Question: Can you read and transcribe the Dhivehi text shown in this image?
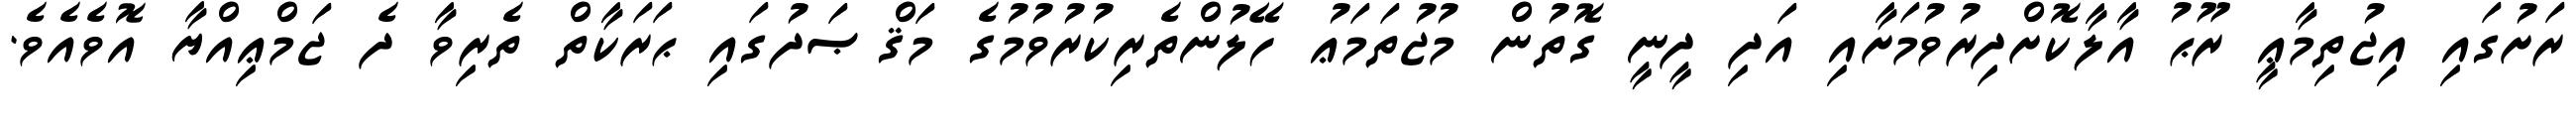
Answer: ރަށުގައި އިޖުތިމާޢީ ރޫޙު އާލާކޮށްދިރުވުމަށާއި އަދި ދީނީ ގޮތުން މުޖުތަމަޢު ހޭލުންތެރިކުރުވުމުގެ މަޤްޞަދުގައި ޙަރަކާތް ތެރިވާ ދެ ޖަމްޢިއްޔާ އޮވެއެވެ.